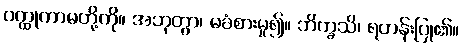
ဝတ္ထုကာမတို့ကို။ အဘုတွာ၊ မခံစားမူ၍။ ဘိက္ခသိ၊ ရဟန်းပြု၏။